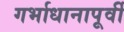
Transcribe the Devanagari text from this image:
गर्भाधानापूर्वी